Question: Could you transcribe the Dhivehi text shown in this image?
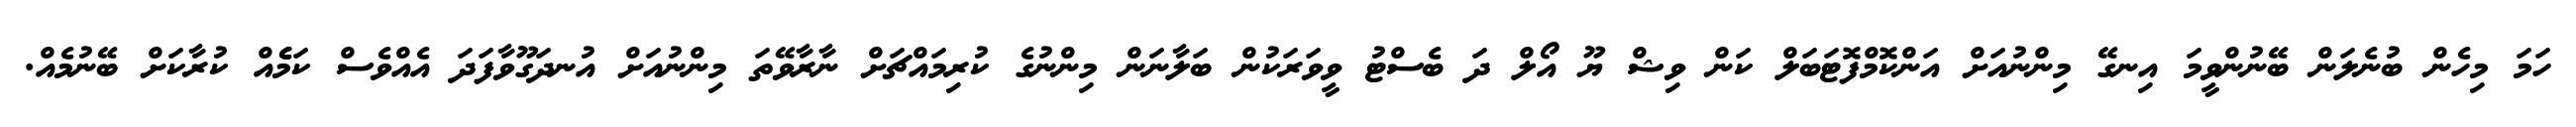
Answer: ހަމަ މިހެން ބުނެލަން ބޭނުންވީމަ އިނގޭ މިންނުއަށް އަންކޮމްފޮޓަބަލް ކަން ވިޝް ޔޫ އޯލް ދަ ބެސްޓު ވީވަރަކުން ބަލާނަން މިންނުގެ ކުރިމައްޗަށް ނާރާވޭތަ މިންނުއަށް އުނދަގޫވާފަދަ އެއްވެސް ކަމެެއް ކުރާކަށް ބޭނުމެއް.